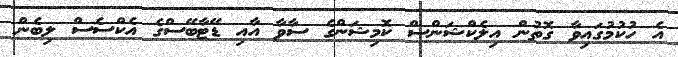
އެ ހުކުމުގައިވާ ގޮތުން އިލެކްޝަންސް ކޮމިޝަންގެ ސާވާ އާއި ޑޭޓާބޭސްގެ އެކްސެސް ލިބެން